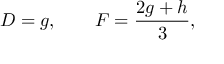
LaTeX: D = g , \qquad F = \frac { 2 g + h } { 3 } ,